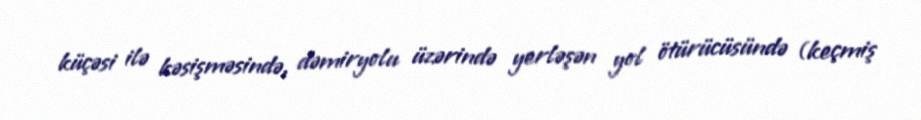
küçəsi ilə kəsişməsində, dəmiryolu üzərində yerləşən yol ötürücüsündə (keçmiş